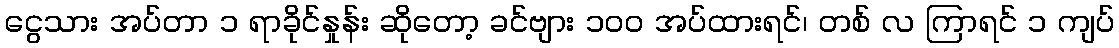
ငွေသား အပ်တာ ၁ ရာခိုင်နှုန်း ဆိုတော့ ခင်ဗျား ၁၀၀ အပ်ထားရင်၊ တစ် လ ကြာရင် ၁ ကျပ်